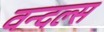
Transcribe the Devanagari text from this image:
वन्दल्स